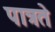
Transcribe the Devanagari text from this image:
पात्रते